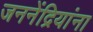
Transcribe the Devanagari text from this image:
जननेंद्रियांना